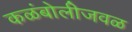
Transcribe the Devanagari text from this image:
कळंबोलीजवळ